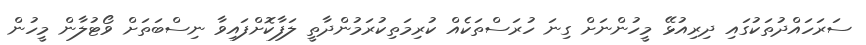
ސަރަހައްދުތަކުގައި ދިރިއުޅޭ މީހުންނަށް ގިނަ ހުރަސްތަކެއް ކުރިމަތިކުރަމުންދާތީ ލަފާކޮށްފައިވާ ނިސްބަތަށް ވޯޓުލާން މީހުން